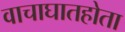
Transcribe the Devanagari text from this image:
वाचाघातहोता